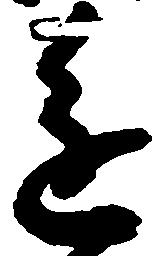
進